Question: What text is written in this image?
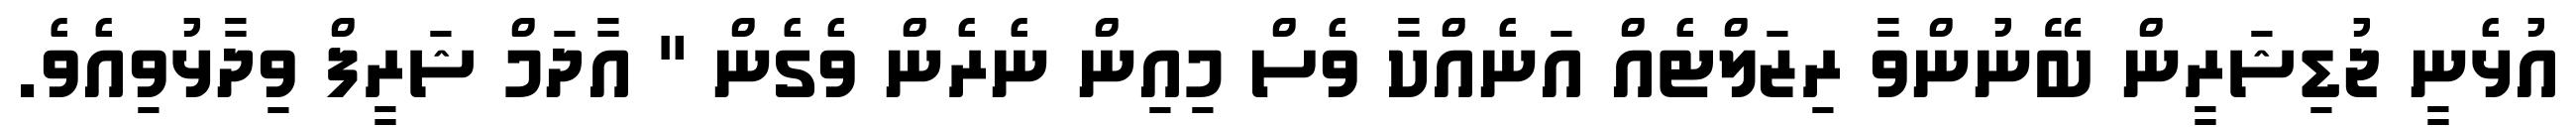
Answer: އުޅެނީ ޖުޑިޝަރީން ބޭނުންވާ ރިޒަލްޓެއް އަނެއްކާ ވެސް މިއިން ނެރެން ވެގެން " އާދަމް ޝަރީފް ވިދާޅުވިއެވެ.